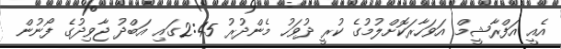
އެއީ އަފްރާޝީމް އަވަހާރަކޮށްލުމުގެ ކުރީ ދުވަހު މެންދުރު 2:45ގައި އަބްދު ޖާވިދުގެ ފޯނުން